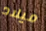
ميلاد